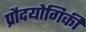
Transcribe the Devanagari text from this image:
प्रौदयोगिकी